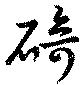
碕